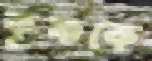
কৃষ্ণকে